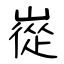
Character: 嵸